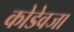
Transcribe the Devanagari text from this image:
कोडेवजा